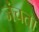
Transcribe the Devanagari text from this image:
जंचता